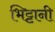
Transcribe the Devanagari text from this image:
भिट्टानी